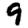
Digit: 9